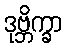
ဒုဗ္ဘိက္ခာ